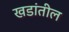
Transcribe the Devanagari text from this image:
खडांतील